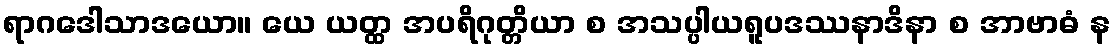
ရာဂဒေါသာဒယော။ ယေ ယတ္ထ အပရိဂုတ္တိယာ စ အသပ္ပါယရူပဒဿနာဒိနာ စ အာဗာဓံ န